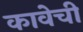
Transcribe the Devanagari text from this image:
कावेची